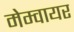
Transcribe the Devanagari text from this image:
मेम्वायर